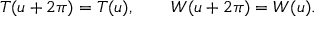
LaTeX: T ( u + 2 \pi ) = T ( u ) , \qquad W ( u + 2 \pi ) = W ( u ) .